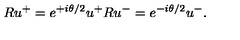
R u ^ { + } = e ^ { + i \theta / 2 } u ^ { + } R u ^ { - } = e ^ { - i \theta / 2 } u ^ { - } .